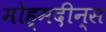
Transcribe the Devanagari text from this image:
मोह्मदीन्स